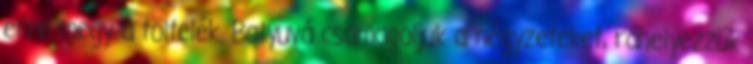
erre megy a töltelék. Batyuvá csomagoljuk a négyzeteket, ráhelyezzük